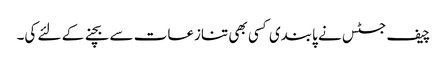
چیف جسٹس نے پابندی کسی بھی تنازعات سے بچنے کے لئے کی۔